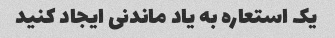
یک استعاره به یاد ماندنی ایجاد کنید